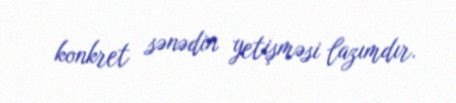
konkret sənədin yetişməsi lazımdır.